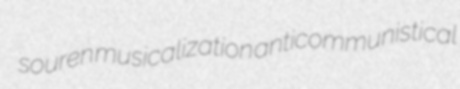
souren musicalization anticommunistical